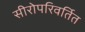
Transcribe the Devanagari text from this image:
सीरोपरिवर्तित